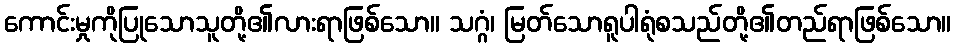
ကောင်းမှုကိုပြုသောသူတို့၏လားရာဖြစ်သော။ သဂ္ဂံ၊ မြတ်သောရူပါရုံစသည်တို့၏တည်ရာဖြစ်သော။